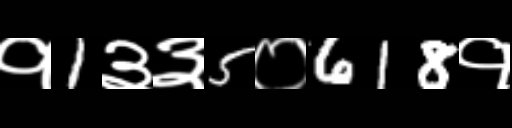
Text: १1३३5०618१